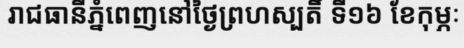
រាជធានីភ្នំពេញនៅថ្ងៃព្រហស្បតិ៍ ទី១៦ ខែកុម្ភៈ